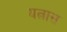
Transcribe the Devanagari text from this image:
यत्नास